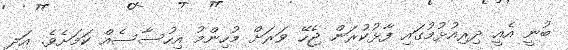
ބުނީ އެއީ ދިރިއުޅުމުގައި ފާޅުކުރަން ޖެހޭ ވަރަށް މުހިންމު އިހުސާސެއް ކަމަށެވެ. އަދި